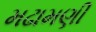
મઢામણી